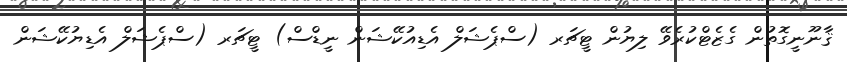
ޤާނޫނީގޮތުން ގެޒެޓްކުރެވޭ ލިޔުން ޓީޗަރ (ސްޕެޝަލް އެޑިއުކޭޝަން ނީޑްސް) ޓީޗަރ (ސްޕެޝަލް އެޑިޔުކޭޝަން